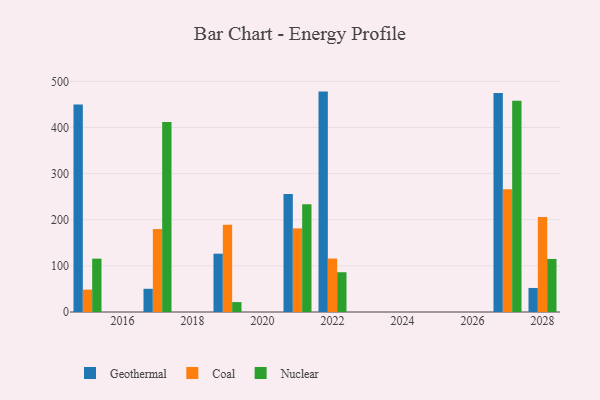
{"axis": {"x": "Year", "y": "Tickets Resolved"}, "legend": ["Coal", "Geothermal", "Nuclear"], "data": [{"x": "2028", "y": 52.1, "type": "Geothermal"}, {"x": "2028", "y": 205.8, "type": "Coal"}, {"x": "2028", "y": 115.0, "type": "Nuclear"}, {"x": "2021", "y": 256.0, "type": "Geothermal"}, {"x": "2021", "y": 181.2, "type": "Coal"}, {"x": "2021", "y": 233.5, "type": "Nuclear"}, {"x": "2019", "y": 126.4, "type": "Geothermal"}, {"x": "2019", "y": 189.2, "type": "Coal"}, {"x": "2019", "y": 21.5, "type": "Nuclear"}, {"x": "2015", "y": 449.7, "type": "Geothermal"}, {"x": "2015", "y": 48.5, "type": "Coal"}, {"x": "2015", "y": 115.6, "type": "Nuclear"}, {"x": "2022", "y": 477.7, "type": "Geothermal"}, {"x": "2022", "y": 115.9, "type": "Coal"}, {"x": "2022", "y": 86.2, "type": "Nuclear"}, {"x": "2027", "y": 474.6, "type": "Geothermal"}, {"x": "2027", "y": 266.3, "type": "Coal"}, {"x": "2027", "y": 457.8, "type": "Nuclear"}, {"x": "2017", "y": 50.3, "type": "Geothermal"}, {"x": "2017", "y": 179.8, "type": "Coal"}, {"x": "2017", "y": 411.7, "type": "Nuclear"}]}